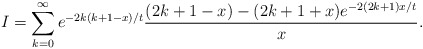
\begin{align*}I = \sum_{k=0}^{\infty} e^{-2k(k+1-x)/t}\frac{(2k+1-x)-(2k+1+x)e^{-2(2k+1)x/t}}{x}.\\\end{align*}